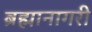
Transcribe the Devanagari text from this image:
ब्रह्मानागरी